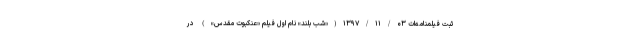
ثبت فیلمنامه‌ات ۱۳۹۷/۱۱/۰۳(«شب بلند» نام اول فیلم «عنکبوت مقدس») در